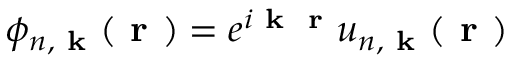
\phi _ { n , \textbf { k } } ( \textbf { r } ) = e ^ { i \textbf { k } \textbf { r } } u _ { n , \textbf { k } } ( \textbf { r } )